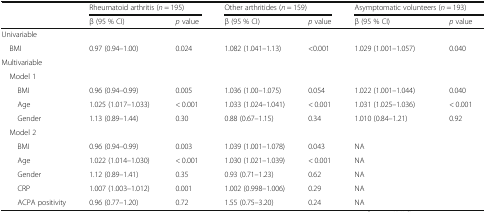
<table><thead><tr><td></td><td colspan="2"><b>Rheumatoid arthritis (<i>n</i> = 195)</b></td><td colspan="2"><b>Other arthritides (<i>n</i> = 159)</b></td><td colspan="2"><b>Asymptomatic volunteers (<i>n</i> = 193)</b></td></tr><tr><td></td><td><b>β (95 % CI)</b></td><td><b><i>p</i> value</b></td><td><b>β (95 % CI)</b></td><td><b><i>p</i> value</b></td><td><b>β (95 % CI)</b></td><td><b><i>p</i> value</b></td></tr></thead><tbody><tr><td colspan="7">Univariable</td></tr><tr><td> BMI</td><td>0.97 (0.94–1.00)</td><td>0.024</td><td>1.082 (1.041–1.13)</td><td>&lt;0.001</td><td>1.029 (1.001–1.057)</td><td>0.040</td></tr><tr><td colspan="7">Multivariable</td></tr><tr><td colspan="7"> Model 1</td></tr><tr><td>BMI</td><td>0.96 (0.94–0.99)</td><td>0.005</td><td>1.036 (1.00–1.075)</td><td>0.054</td><td>1.022 (1.001–1.044)</td><td>0.040</td></tr><tr><td>Age</td><td>1.025 (1.017–1.033)</td><td>&lt; 0.001</td><td>1.033 (1.024–1.041)</td><td>&lt; 0.001</td><td>1.031 (1.025–1.036)</td><td>&lt; 0.001</td></tr><tr><td>Gender</td><td>1.13 (0.89–1.44)</td><td>0.30</td><td>0.88 (0.67–1.15)</td><td>0.34</td><td>1.010 (0.84–1.21)</td><td>0.92</td></tr><tr><td colspan="7"> Model 2</td></tr><tr><td>BMI</td><td>0.96 (0.94–0.99)</td><td>0.003</td><td>1.039 (1.001–1.078)</td><td>0.043</td><td>NA</td><td></td></tr><tr><td>Age</td><td>1.022 (1.014–1.030)</td><td>&lt; 0.001</td><td>1.030 (1.021–1.039)</td><td>&lt; 0.001</td><td>NA</td><td></td></tr><tr><td>Gender</td><td>1.12 (0.89–1.41)</td><td>0.35</td><td>0.93 (0.71–1.23)</td><td>0.62</td><td>NA</td><td></td></tr><tr><td>CRP</td><td>1.007 (1.003–1.012)</td><td>0.001</td><td>1.002 (0.998–1.006)</td><td>0.29</td><td>NA</td><td></td></tr><tr><td>ACPA positivity</td><td>0.96 (0.77–1.20)</td><td>0.72</td><td>1.55 (0.75–3.20)</td><td>0.24</td><td>NA</td><td></td></tr></tbody></table>